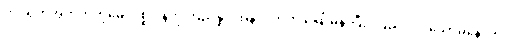
ဘဝရဲကအတိတ်ကိုမေ့၊ ပစ္စုပ္ပန်ကိုကြည်နူး၊ အနာဂတ်ကို မြှော်မှန်းပြီး ကြည်လင် သောမနောကို